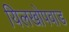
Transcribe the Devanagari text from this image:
यिलखोपवाड